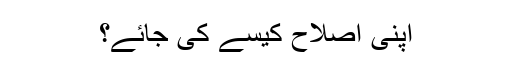
اپنی اصلاح کیسے کی جائے؟